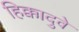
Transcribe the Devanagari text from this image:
हिक्कादुवे